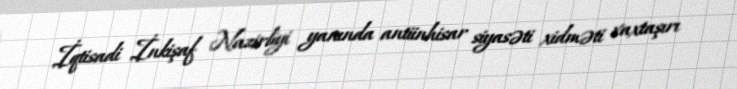
İqtisadi İnkişaf Nazirliyi yanında antiinhisar siyasəti xidməti vaxtaşırı